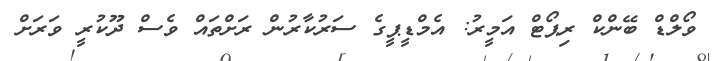
ވޯލްޑް ބޭންކް ރިޕޯޓް އަމީރު: އެމްޑީޕީގެ ސަރުކާރުން ރަށްތައް ވެސް ދޫކުރީ ވަރަށް